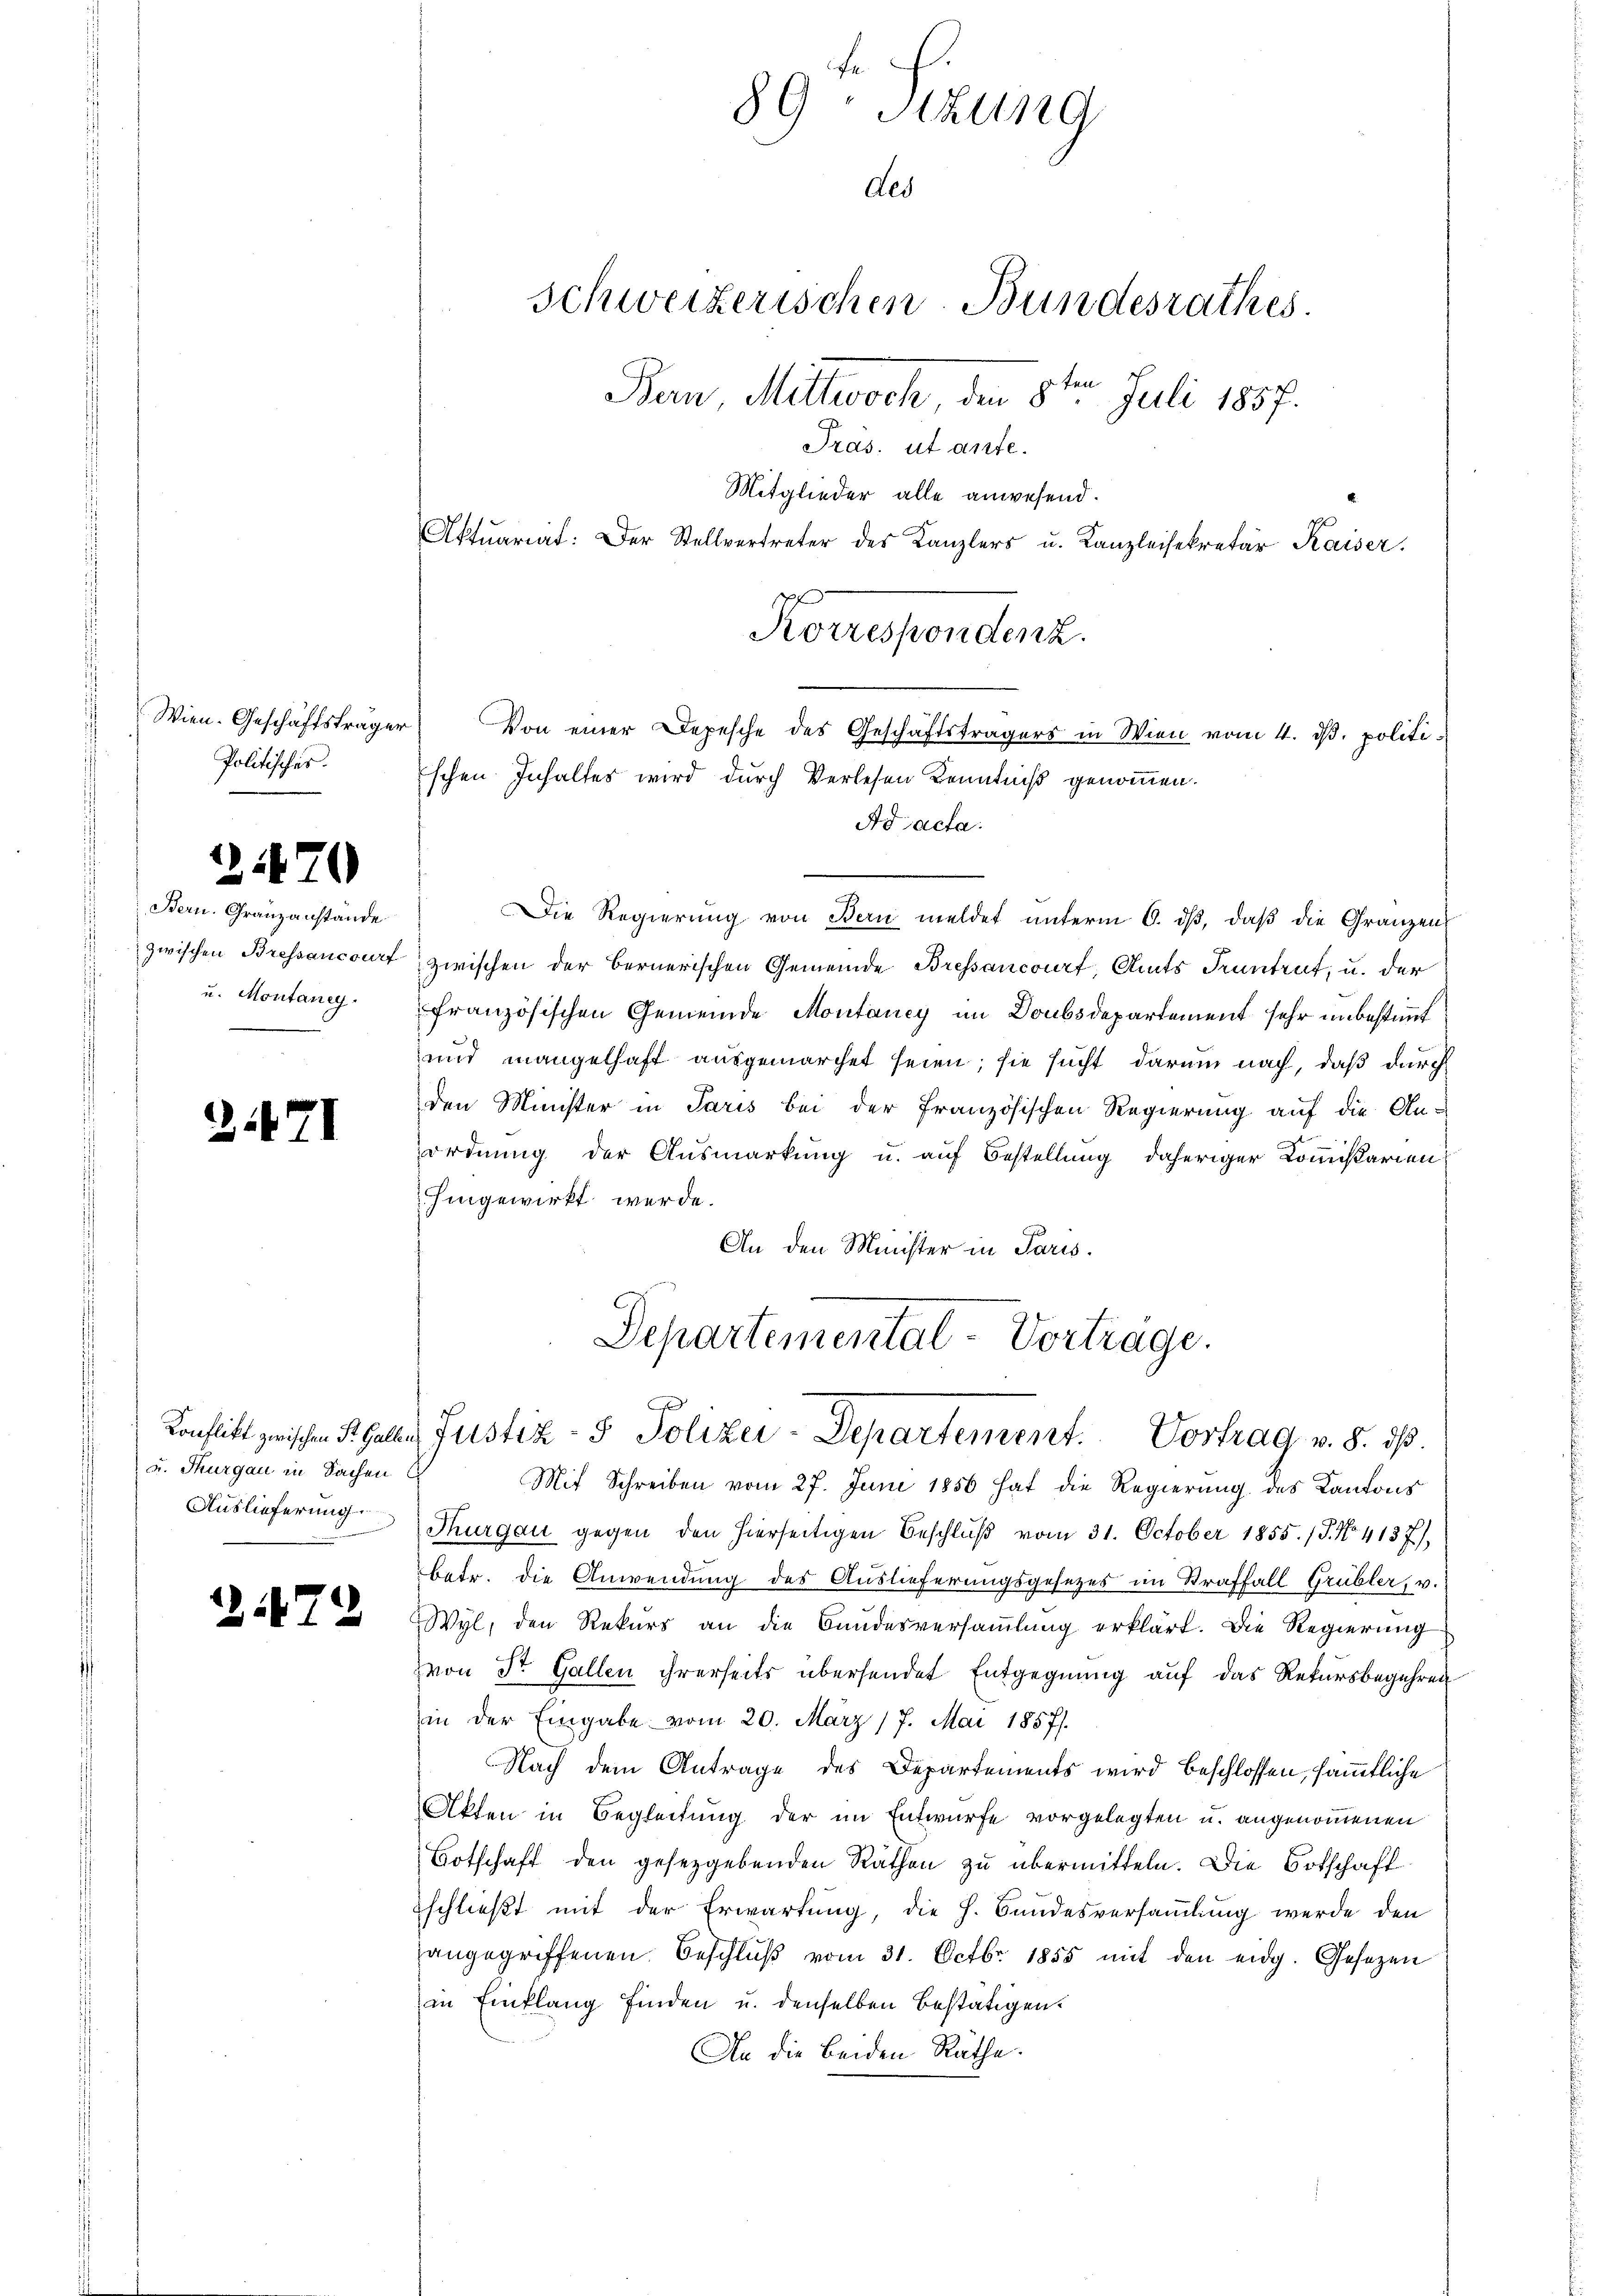
Wien. Geschäftsträger
Politischer.

2170

Bern. Granzanstande
zwischen Bressancourf
u. Montaney.

371

u. Thurgau in Sachen

2472

89 Stzung
schweizerischen Bundesrathes.
Bern, Mittwoch den 8ten Juli 1857.
Pras. ut ante.
Mitglieder alle anwesend.
Aktuariat: Der Stellvertreter des Kanzlers u. Kanzleisekretär Kaiser.
Korrespondenz.
Von einer Depesche des Geschäftsträgers in Wien vom 4. dβ. politischen Inhaltes wird durch Verlesen Kenntniß genommen.

Ad acta.
Die Regierung von Bern meldet unterm 6. dβ, daß die Gränzen
zwischen der Bernerischen Gemeinde Bressancourf, Amts Pruntrut, u. der
französischen Gemeinde Montaney im Doubsdepartement sehr unbestimmt
und mangelhaft ausgemarchet seien; sie sucht darum nach, daß durch
den Minister in Paris bei der französischen Regierung auf die An-
ordnung der Ausmarkung u. auf Bestellung daheriger Commißarien
hingewirkt werde.
An den Minister in Paris.
Departemental-Vortrage.

des

Mit Schreiben vom 27. Juni 1856 hat die Regierung des Kantons
Auslieferung Thurgau gegen den hierseitigen Beschlŭβ vom 31. October 1855. 15. No. 4137),
betr. die Anwendung des Auslieferungsgesetzes im Straffall Grübler, v.
Wyl, den Rekurs an die Bundesversammlung erklärt. Die Regierung
zvon Dr. Gallen ihrerseits übersendet Entgegnung auf das Rekursbegehren
in der Eingabe vom 20. März 17. Mai 1857/
Nach dem Antrage des Departements wird beschlossen, sämmtliche
Akten in Begleitung der im Entwurfe vorgelegten u. angenommenen
Botschaft den gesetzgebenden Rathen zu übermitteln. Die Botschaft
schließt mit der Erwartung, die h. Bandesversaṁlŭng werde den
angegriffenen Beschlŭβ vom 31. Octbr. 1855 mit den eidg. Gesetzen
in Einflang finden u. denselben bestätigen.
An die beiden Räthe.

Konflikt zwischen Regalen Justiz- & Polizei-Departement. Vortrag v. 8. ds.